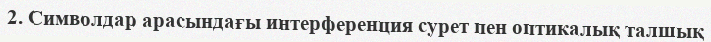
2. Символдар арасындағы интерференция сурет пен оптикалық талшық